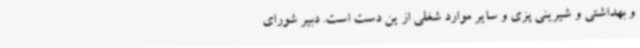
و بهداشتی و شیرینی پزی و سایر موارد شغلی از ین دست است. دبیر شورای